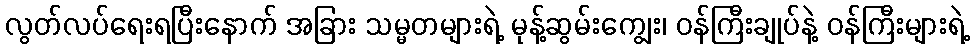
လွတ်လပ်ရေးရပြီးနောက် အခြား သမ္မတများရဲ့ မုန့်ဆွမ်းကျွေး၊ ဝန်ကြီးချုပ်နဲ့ ဝန်ကြီးများရဲ့